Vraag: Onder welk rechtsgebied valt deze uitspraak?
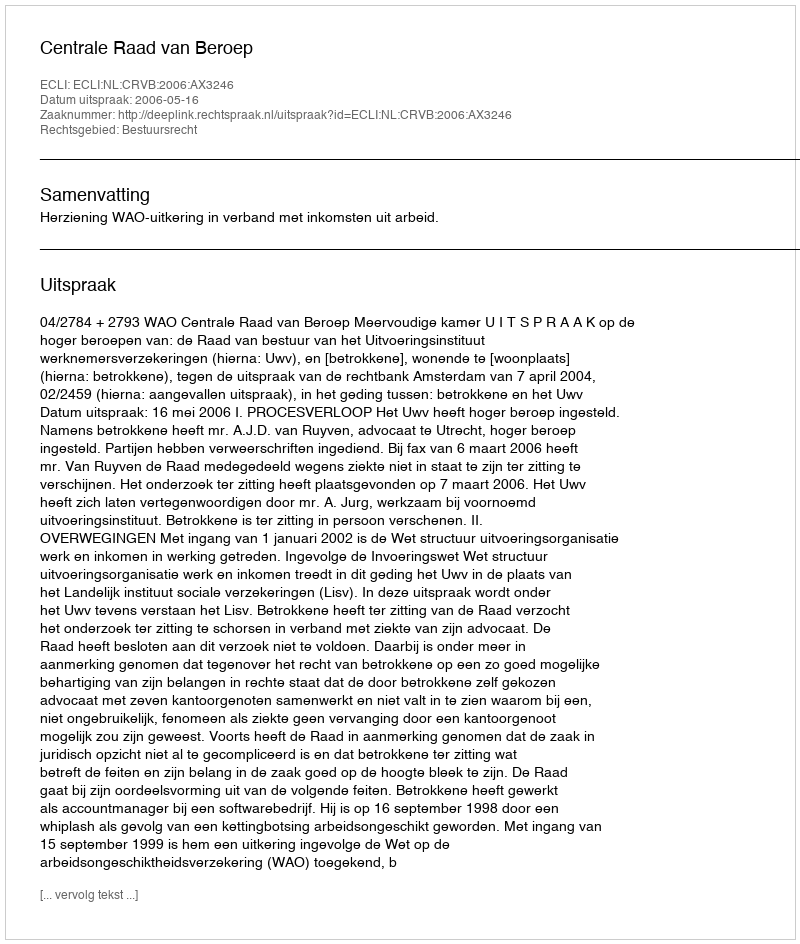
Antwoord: Bestuursrecht